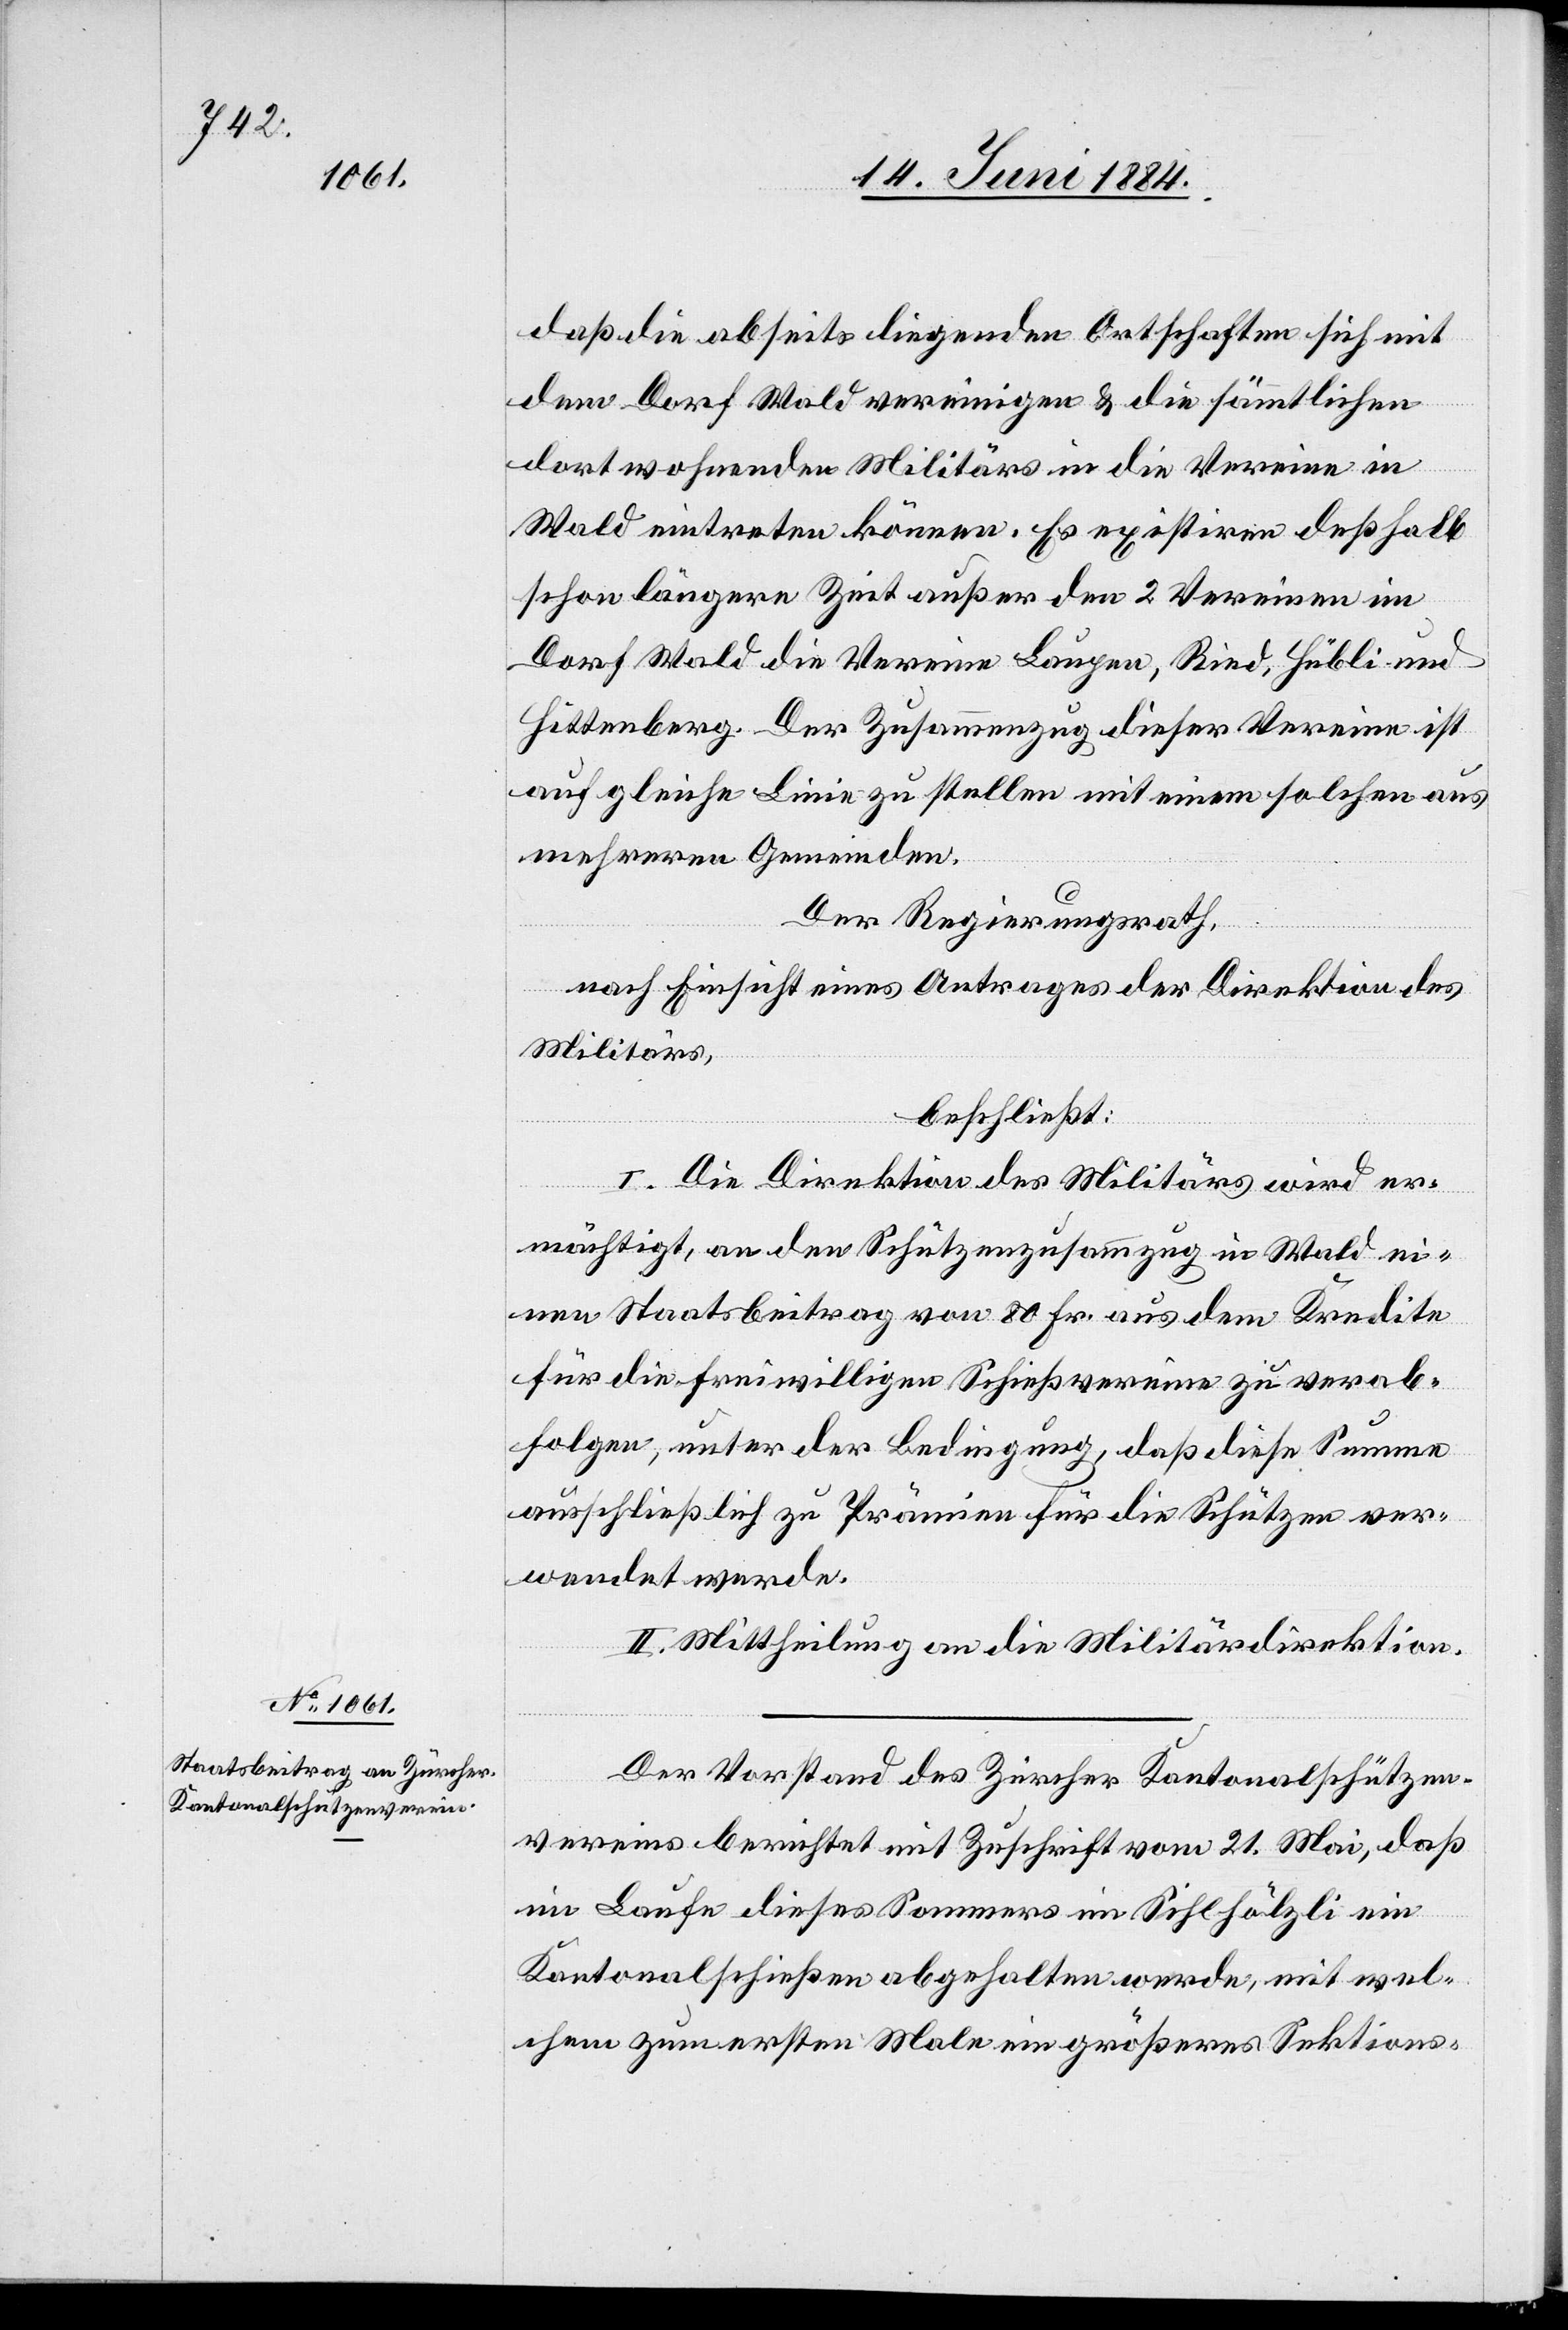
daß die abseits liegenden Ortschaften sich mit
dem Dorf Wald vereinigen & die sämmtlichen
dort wohnenden Militärs in die Vereine in
Wald eintreten können. Es existiren deßhalb
schon längere Zeit außer den 2 Vereinen im
Dorf Wald die Vereine Laupen, Ried, Hübli und
Hittenberg. Der Zusammenzug dieser Vereine ist
auf gleiche Linie zu stellen mit einem solchen aus
mehreren Gemeinden.
Der Regierungsrath,
nach Einsicht eines Antrages der Direktion des
Militärs,
beschließt:
I. Die Direktion des Militärs wird er¬
mächtigt, an den Schützenzusammenzug in Wald ei¬
nen Staatsbeitrag von 80 Fr. aus dem Kredite
für die freiwilligen Schießvereine zu verab¬
folgen, unter der Bedingung, daß diese Summe
ausschließlich zu Prämien für die Schützen ver¬
wendet werde.
II. Mittheilung an die Militärdirektion.
Der Vorstand des Zürcher Kantonalschützen¬
vereins berichtet mit Zuschrift vom 21. Mai, daß
im Laufe dieses Sommers im Sihlhölzli ein
Kantonalschießen abgehalten werde, mit wel¬
chem zum ersten Male ein größeres Sektions-